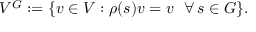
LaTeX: V ^ { G } : = \{ v \in V : \rho ( s ) v = v \, \, \, \, \forall \, s \in G \} .